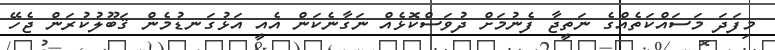
މިފަދަ މަސައްކަތެއްގެ ނަތީޖާ ފެނުމަށް ދުވަސްކޮޅެއް ނަގާނެކަން އެއީ އަޅުގަނޑުމެން ޤަބޫލުކުރަން ޖެހޭ